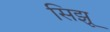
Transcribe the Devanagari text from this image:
सिझू